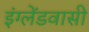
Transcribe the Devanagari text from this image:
इंग्लेंडवासी